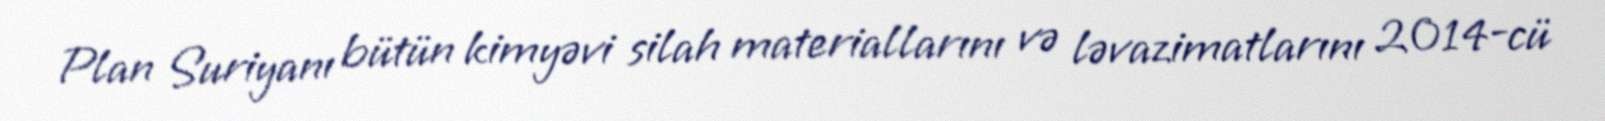
Plan Suriyanı bütün kimyəvi silah materiallarını və ləvazimatlarını 2014-cü